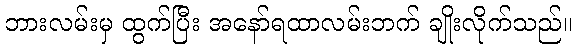
ဘားလမ်းမှ ထွက်ပြီး အနော်ရထာလမ်းဘက် ချိုးလိုက်သည်။